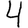
Digit: 4